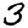
Digit: 3